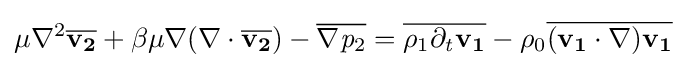
{\mathit {\mu }}\nabla ^{2}{\overline {{\textbf {v}}_{\textbf {2}}}}+{\mathit {\beta }}{\mathit {\mu }}\nabla (\nabla \cdot {\overline {{\textbf {v}}_{\textbf {2}}}})-{\overline {\nabla {\mathit {p}}_{2}}}={\overline {{\mathit {\rho }}_{1}\partial _{\mathit {t}}{\textbf {v}}_{\textbf {1}}}}-{\mathit {\rho }}_{0}{\overline {({\textbf {v}}_{\textbf {1}}\cdot \nabla ){\textbf {v}}_{\textbf {1}}}}